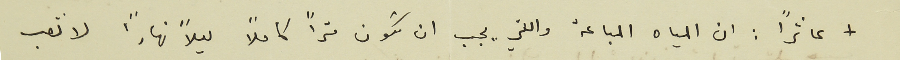
+ عاشرًا : ان المياه المباعة واللتي يجب ان تكون متراً كاملاً ليلاً نهاراً لا تصب